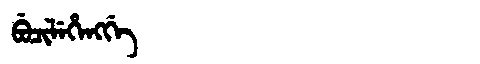
Manchu: ᠪᡠᠴᡳᠯᡝᡥᡝᠩᡤᡝ
Romanization: BUCILEHENGGE